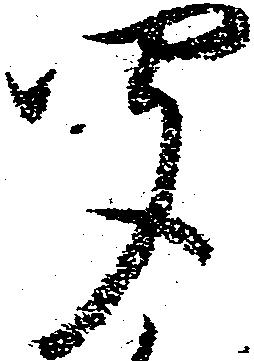
聞